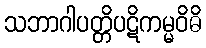
သဘာဂါပတ္တိပဋိကမ္မဝိဓိ